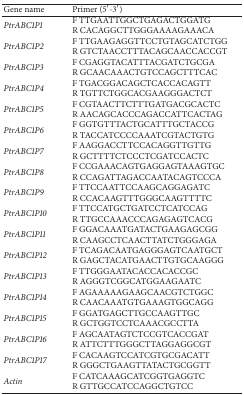
<table><thead><tr><td><b>Gene name</b></td><td><b>Primer (5′-3′)</b></td></tr></thead><tbody><tr><td><i>PtrABC1P1 </i></td><td>F TTGAATTGGCTGAGACTGGATGR CACAGGCTTGGGAAAAGAAACA</td></tr><tr><td><i>PtrABC1P2 </i></td><td>F TTGAAGAGGTTCCTGTAGCATCTGGR GTCTAACCTTTACAGCAACCACCGT</td></tr><tr><td><i>PtrABC1P3 </i></td><td>F CGAGGTACATTTACGATCTGCGAR GCAACAAACTGTCCAGCTTTCAC</td></tr><tr><td><i>PtrABC1P4 </i></td><td>F TGACGGACAGCTCACCACAGTTR TGTTCTGGCACGAAGGGACTCT</td></tr><tr><td><i>PtrABC1P5 </i></td><td>F CGTAACTTCTTTGATGACGCACTCR AACAGCACCCAGACCATTCACTAG</td></tr><tr><td><i>PtrABC1P6 </i></td><td>F GGTGTTTACTGCATTTGCTACCGR TACCATCCCCAAATCGTACTGTG</td></tr><tr><td><i>PtrABC1P7 </i></td><td>F AAGGACCTTCCACAGGTTGTTGR GCTTTTCTCCCTCGATCCACTC</td></tr><tr><td><i>PtrABC1P8 </i></td><td>F CCGAAACAGTGAGGAGTAAAGTGCR CCAGATTAGACCAATACAGTCCCA</td></tr><tr><td><i>PtrABC1P9 </i></td><td>F TTCCAATTCCAAGCAGGAGATCR CCACAAGTTTGGGCAAGTTTTC</td></tr><tr><td><i>PtrABC1P10 </i></td><td>F TTCCATGCTGATCCTCATCCAGR TTGCCAAACCCAGAGAGTCACG</td></tr><tr><td><i>PtrABC1P11 </i></td><td>F GGACAAATGATACTGAAGAGCGGR CAAGCCTCAACTTATCTGGGAGA</td></tr><tr><td><i>PtrABC1P12 </i></td><td>F TCAGACAATGAGGGAGTCAATGCTR GAGCTACATGAACTTGTGCAAGGG</td></tr><tr><td><i>PtrABC1P13 </i></td><td>F TTGGGAATACACCACACCGCR AGGGTCGGCATGGAAGAATC</td></tr><tr><td><i>PtrABC1P14 </i></td><td>F AGAAAAAGAAGCAACGTCTGGCR CAACAAATGTGAAAGTGGCAGG</td></tr><tr><td><i>PtrABC1P15 </i></td><td>F GGATGAGCTTGCCAAGTTGCR GCTGGTCCTCAAACGCCTTA</td></tr><tr><td><i>PtrABC1P16 </i></td><td>F AGCAATAGTCTCCGTCACCGATR ATTCTTTGGGCTTAGGAGGCGT</td></tr><tr><td><i>PtrABC1P17 </i></td><td>F CACAAGTCCATCGTGCGACATTR GGGCTGAAGTTATACTGCGGTT</td></tr><tr><td><i>Actin </i></td><td>F CATCAAAGCATCGGTGAGGTCR GTTGCCATCCAGGCTGTCC</td></tr></tbody></table>